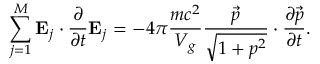
\sum _ { j = 1 } ^ { M } \mathbf { E } _ { j } \cdot \frac { \partial } { \partial t } \mathbf { E } _ { j } = - 4 \pi \frac { m c ^ { 2 } } { V _ { g } } \frac { \vec { p } } { \sqrt { 1 + p ^ { 2 } } } \cdot \frac { \partial \vec { p } } { \partial t } .